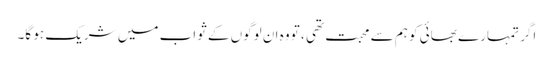
اگر تمہارے بھائی کو ہم سے محبت تھی ، تو وہ ان لوگوں کے ثواب میں شریک ہو گا۔